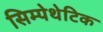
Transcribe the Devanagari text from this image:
सिम्पेथेटिक